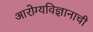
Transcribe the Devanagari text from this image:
आरोग्यविज्ञानाची